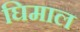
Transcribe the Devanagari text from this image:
घिमाल